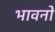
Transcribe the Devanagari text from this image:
भावनो